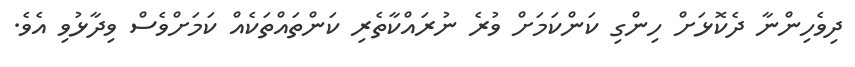
ދިވެހިންނާ ދެކޮޅަށް ހިންގި ކަންކަމަށް ވުރެ ނުރައްކާތެރި ކަންތައްތަކެއް ކަމަށްވެސް ވިދާޅުވި އެވެ.